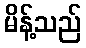
မိန့်သည်